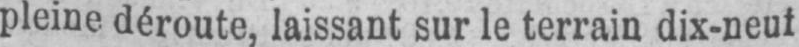
pleine déroute, laissant sur le terrain dix-neuf